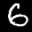
Label: 6